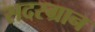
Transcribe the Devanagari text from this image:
सदरग्रान